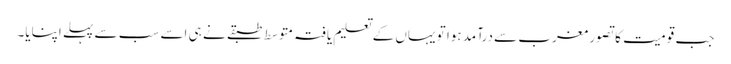
جب قومیت کا تصور مغرب سے درآمد ہوا تو یہاں کے تعلیم یافتہ متوسط طبقے نے ہی اسے سب سے پہلے اپنایا۔